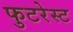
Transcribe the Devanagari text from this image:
फुटरेस्ट